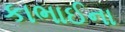
કાભાઈના